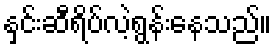
နှင်းဆီရိပ်လဲ့ရွန်းနေသည်။